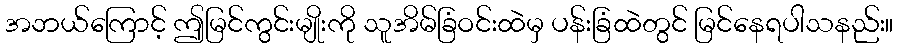
အဘယ်ကြောင့် ဤမြင်ကွင်းမျိုးကို သူအိမ်ခြံဝင်းထဲမှ ပန်းခြံထဲတွင် မြင်နေရပါသနည်း။